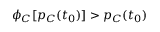
\phi _ { C } [ p _ { C } ( t _ { 0 } ) ] > p _ { C } ( t _ { 0 } )